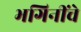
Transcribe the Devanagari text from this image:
भगिनींचे